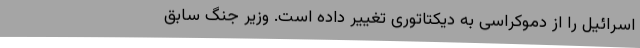
اسرائیل را از دموکراسی به دیکتاتوری تغییر داده است. وزیر جنگ سابق